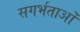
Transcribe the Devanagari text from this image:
सगर्भताओं